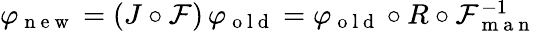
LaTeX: \begin{array}{r}{\varphi_{\mathrm{~n~e~w~}}=(J\circ\mathcal{F})\, \varphi_{\mathrm{~o~l~d~}}=\varphi_{\mathrm{~o~l~d~}}\circ R\circ\mathcal{F}_{\mathrm{~m~a~n~}}^{-1}}\end{array}